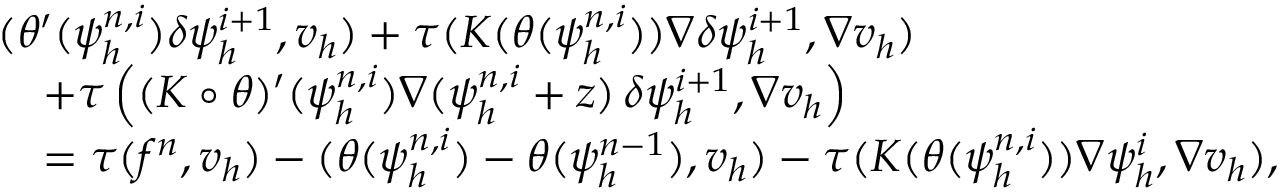
\begin{array} { r l } & { ( \theta ^ { \prime } ( \psi _ { h } ^ { n , i } ) \delta \psi _ { h } ^ { i + 1 } , v _ { h } ) + \tau ( K ( \theta ( \psi _ { h } ^ { n , i } ) ) \nabla \delta \psi _ { h } ^ { i + 1 } , \nabla v _ { h } ) } \\ & { \quad + \tau \left( ( K \circ \theta ) ^ { \prime } ( \psi _ { h } ^ { n , i } ) \nabla ( \psi _ { h } ^ { n , i } + z ) \, \delta \psi _ { h } ^ { i + 1 } , \nabla v _ { h } \right) } \\ & { \quad = \tau ( f ^ { n } , v _ { h } ) - ( \theta ( \psi _ { h } ^ { n , i } ) - \theta ( \psi _ { h } ^ { n - 1 } ) , v _ { h } ) - \tau ( K ( \theta ( \psi _ { h } ^ { n , i } ) ) \nabla \psi _ { h } ^ { i } , \nabla v _ { h } ) , } \end{array}